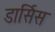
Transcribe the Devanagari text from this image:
डार्सिस